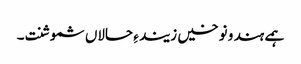
ہمے ہند و نوخیں زیند ءِ حالاں شموشنت۔